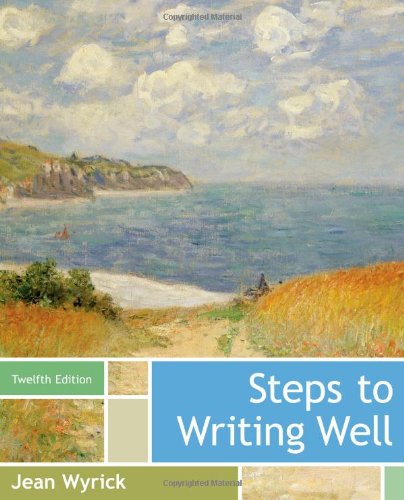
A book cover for Steps to Writing Well; Jean Wyrick; Test Preparation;